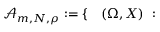
\begin{array} { r l } { \mathcal A _ { m , N , \rho } : = \{ } & { { } ( \Omega , X ) \ : } \end{array}